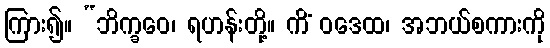
ကြား၍။ “ဘိက္ခဝေ၊ ရဟန်းတို့။ ကိံ ဝဒေထ၊ အဘယ်စကားကို